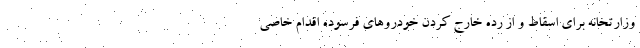
وزارتخانه برای اسقاط و از رده خارج کردن خودروهای فرسوده اقدام خاصی